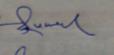
Signature authenticity: genuine